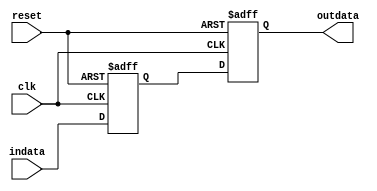
module doublesync
#(parameter WIDTH = 1) (
	indata,
	outdata,
	clk,
	reset
);

input [WIDTH-1:0] indata;
input clk;
input reset;

output [WIDTH-1:0] outdata;

reg [WIDTH-1:0] reg1;
reg [WIDTH-1:0] reg2;

initial reg1 = {WIDTH{1'b0}};
initial reg2 = {WIDTH{1'b0}};

always @(posedge clk or posedge reset)
begin
	 if (reset) begin
	 	reg1 <= {WIDTH{1'b0}};
		reg2 <= {WIDTH{1'b0}};
	 end

	 else begin
	 	reg1 <= indata;
		reg2 <= reg1;
	 end
end

assign outdata = reg2;

endmodule